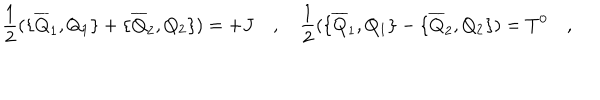
LaTeX: { \frac { 1 } { 2 } } ( \{ \overline { { { Q } } } _ { 1 } , Q _ { 1 } \} + \{ \overline { { { Q } } } _ { 2 } , Q _ { 2 } \} ) = + J \quad , \quad { \frac { 1 } { 2 } } ( \{ \overline { { { Q } } } _ { 1 } , Q _ { 1 } \} - \{ \overline { { { Q } } } _ { 2 } , Q _ { 2 } \} ) = T ^ { 0 } \quad ,